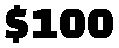
$100